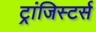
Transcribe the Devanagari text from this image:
ट्रांजिस्टर्स